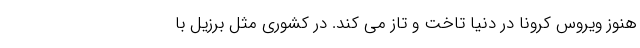
هنوز ویروس کرونا در دنیا تاخت و تاز می کند. در کشوری مثل برزیل با